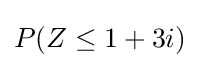
P(Z\leq 1+3i)